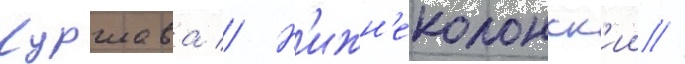
Куршава // Н'ижн'еколонск'ии //